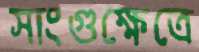
সাংগুক্ষেত্রে